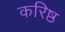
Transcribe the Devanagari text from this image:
करिष्ठ